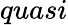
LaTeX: quasi